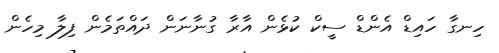
ހިނގާ ހައިޑް އެންޑް ސީކް ކުޅެން އާރާ ގުނާނަން ދައްތަމެން ފިލާ މިހެން